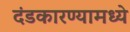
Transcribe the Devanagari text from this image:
दंडकारण्यामध्ये